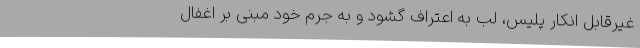
غیرقابل انکار پلیس، لب به اعتراف گشود و به جرم خود مبنی بر اغفال